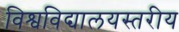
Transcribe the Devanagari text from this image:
विश्वविद्यालयस्तरीय